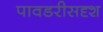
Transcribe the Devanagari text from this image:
पावडरीसदृश